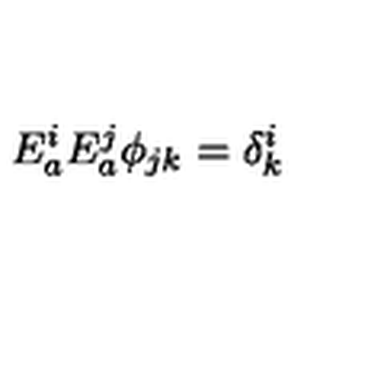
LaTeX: E _ { a } ^ { i } E _ { a } ^ { j } \phi _ { j k } = \delta _ { k } ^ { i }